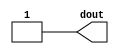
//------------------------------------------------------------------------
//--
//--  Filename      : xlconstant.v
//--
//--  Date          : 06/05/12
//--
//--  Description   : VERILOG description of a constant block.  This
//--                  block does not use a core.
//--
//------------------------------------------------------------------------


//------------------------------------------------------------------------
//--
//--  Module        : xlconstant
//--
//--  Architecture  : behavior
//--
//--  Description   : Top level VERILOG description of constant block
//--
//------------------------------------------------------------------------
`timescale 1ps/1ps
module xlconstant (dout);
	parameter CONST_VAL = 1;
	parameter CONST_WIDTH = 1;
	output [CONST_WIDTH-1:0] dout;

	assign dout = CONST_VAL;
endmodule